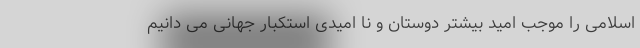
اسلامی را موجب امید بیشتر دوستان و نا امیدی استکبار جهانی می دانیم